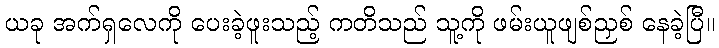
ယခု အက်ရှလေကို ပေးခဲ့ဖူးသည့် ကတိသည် သူ့ကို ဖမ်းယူဖျစ်ညှစ် နေခဲ့ပြီ။